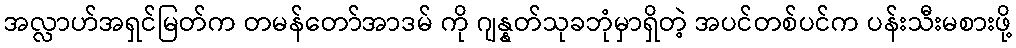
အလ္လာဟ်အရှင်မြတ်က တမန်တော်အာဒမ် ကို ဂျန္နတ်သုခဘုံမှာရှိတဲ့ အပင်တစ်ပင်က ပန်းသီးမစားဖို့